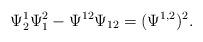
LaTeX: \begin{align*}\Psi^1_2\Psi^2_1-\Psi^{12}\Psi_{12} = (\Psi^{1,2})^2.\end{align*}